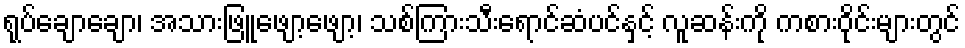
ရုပ်ချောချော၊ အသားဖြူဖျော့ဖျော့၊ သစ်ကြားသီးရောင်ဆံပင်နှင့် လူဆန်းကို ကစားဝိုင်းများတွင်